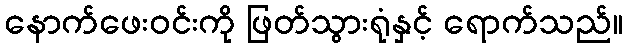
နောက်ဖေးဝင်းကို ဖြတ်သွားရုံနှင့် ရောက်သည်။